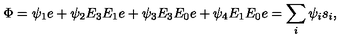
\Phi = \psi _ { 1 } e + \psi _ { 2 } E _ { 3 } E _ { 1 } e + \psi _ { 3 } E _ { 3 } E _ { 0 } e + \psi _ { 4 } E _ { 1 } E _ { 0 } e = \sum _ { i } \psi _ { i } s _ { i } ,